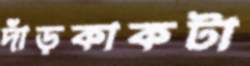
দাঁড়কাকটা